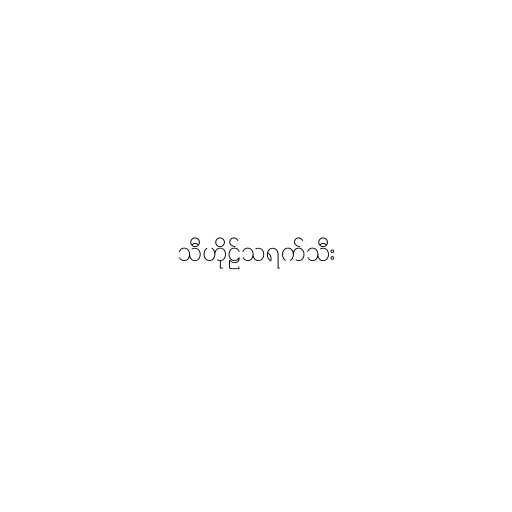
သီဟိုဠ်သရက်သီး